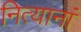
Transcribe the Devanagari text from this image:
नित्यानां